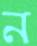
ন